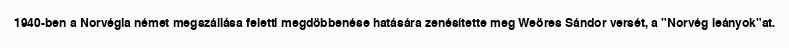
1940-ben a Norvégia német megszállása feletti megdöbbenése hatására zenésítette meg Weöres Sándor versét, a "Norvég leányok"at.